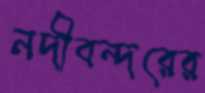
নদীবন্দরের